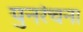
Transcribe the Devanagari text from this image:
पुनरंचना